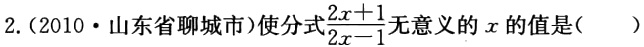
2.(2010·山东省聊城市)使分式$\frac{2x + 1}{2x - 1}$无意义的$x$的值是( )